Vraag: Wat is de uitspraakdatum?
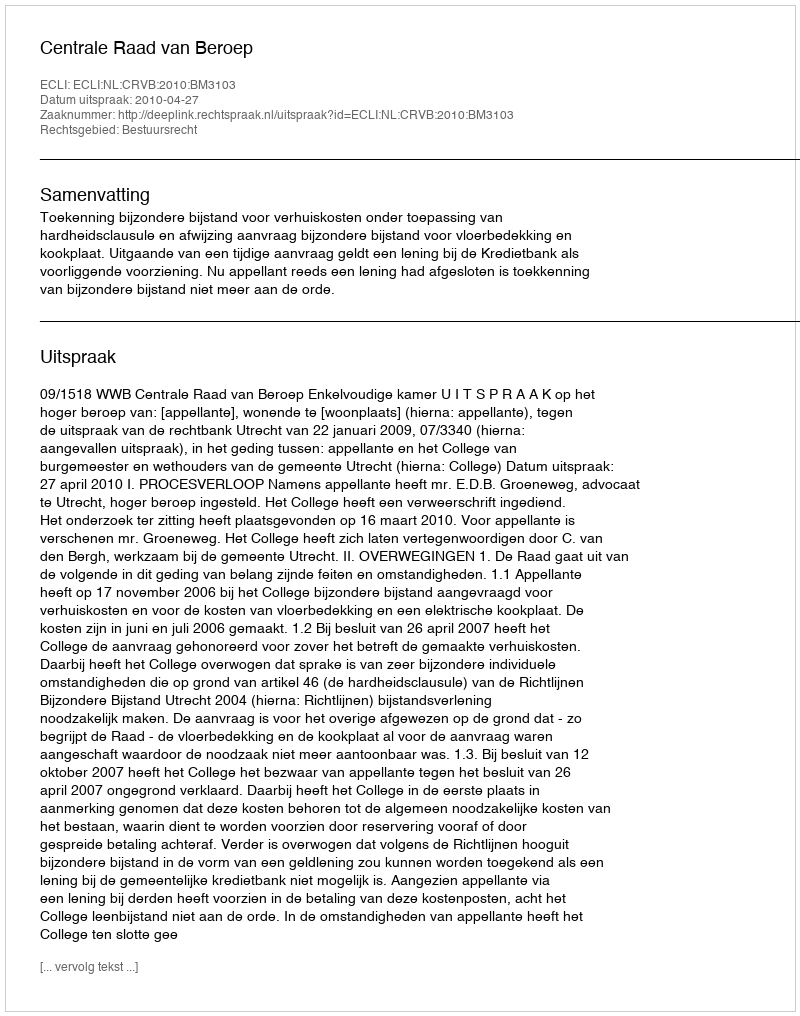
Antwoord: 2010-04-27